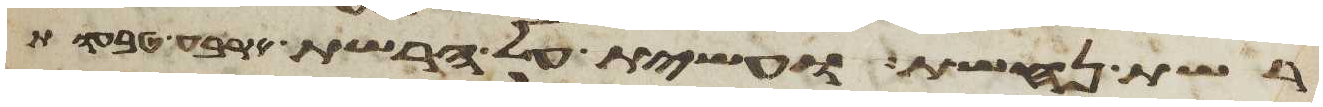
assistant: רשת נחשת ועשית על הרשת ארבע טבעות